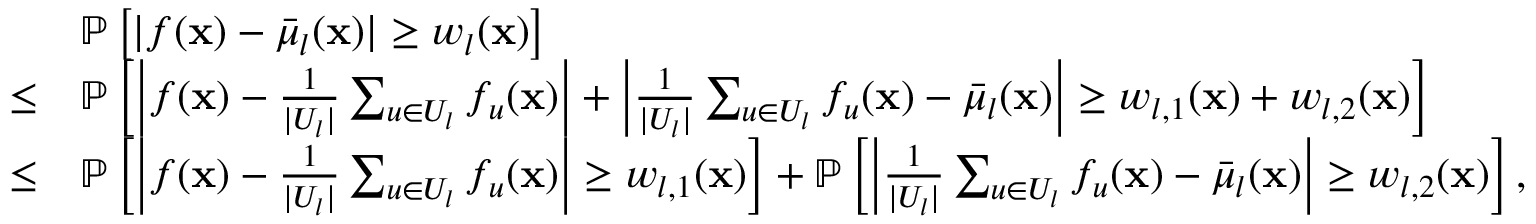
\begin{array} { r l } & { \mathbb { P } \left[ | f ( \mathbf { x } ) - \bar { \mu } _ { l } ( \mathbf { x } ) | \geq w _ { l } ( \mathbf { x } ) \right] } \\ { \leq } & { \mathbb { P } \left[ \left| f ( \mathbf { x } ) - \frac { 1 } { | U _ { l } | } \sum _ { u \in U _ { l } } f _ { u } ( \mathbf { x } ) \right| + \left| \frac { 1 } { | U _ { l } | } \sum _ { u \in U _ { l } } f _ { u } ( \mathbf { x } ) - \bar { \mu } _ { l } ( \mathbf { x } ) \right| \geq w _ { l , 1 } ( \mathbf { x } ) + w _ { l , 2 } ( \mathbf { x } ) \right] } \\ { \leq } & { \mathbb { P } \left[ \left| f ( \mathbf { x } ) - \frac { 1 } { | U _ { l } | } \sum _ { u \in U _ { l } } f _ { u } ( \mathbf { x } ) \right| \geq w _ { l , 1 } ( \mathbf { x } ) \right] + \mathbb { P } \left[ \left| \frac { 1 } { | U _ { l } | } \sum _ { u \in U _ { l } } f _ { u } ( \mathbf { x } ) - \bar { \mu } _ { l } ( \mathbf { x } ) \right| \geq w _ { l , 2 } ( \mathbf { x } ) \right] , } \end{array}